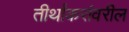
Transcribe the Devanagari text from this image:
तीर्थांकरांवरील